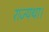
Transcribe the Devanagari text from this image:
राज्यथा।